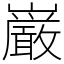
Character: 巌